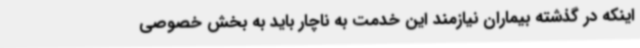
اینکه در گذشته بیماران نیازمند این خدمت به ناچار باید به بخش خصوصی